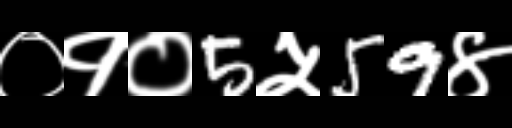
Text: ०१०5५59४